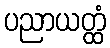
ပညာယတ္ထံ